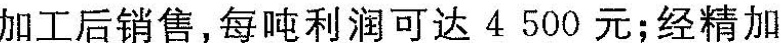
加工后销售，每吨利润可达4500元；经精加